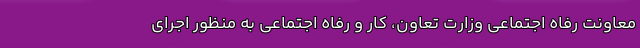
معاونت رفاه اجتماعی وزارت تعاون، کار و رفاه اجتماعی به منظور اجرای